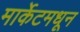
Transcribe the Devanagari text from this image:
मार्केटमधून